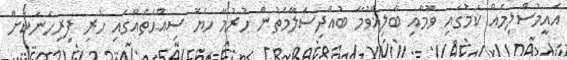
އެއީމުސްލިމެއް ކަމުގައި ވުމާއި ބާލިޣްވުމާ ބުއްދިސަލާމަތުން ހުރުމާ ހެޔޮ ސިއްޙަތެއްގައި ހުރި ފިރިހެނަކަށް